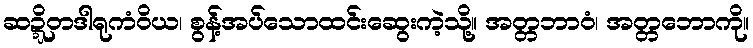
ဆဍ္ဍိတဒါရုကံဝိယ၊ စွန့်အပ်သောထင်းဆွေးကဲ့သို့။ အတ္တဘာဝံ၊ အတ္တဘောကို။